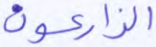
الزارعون